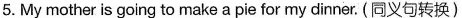
5. My mother is going to make a pie for my dinner. (同义句转换)